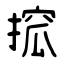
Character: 搲